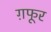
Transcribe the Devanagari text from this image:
ग़फूर